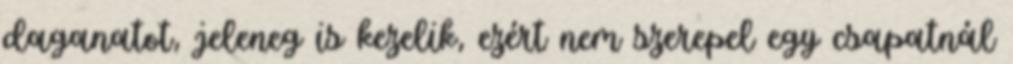
daganatot, jeleneg is kezelik, ezért nem szerepel egy csapatnál